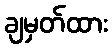
ချမှတ်ထား